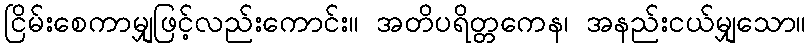
ငြိမ်းစေကာမျှဖြင့်လည်းကောင်း။ အတိပရိတ္တကေန၊ အနည်းငယ်မျှသော။